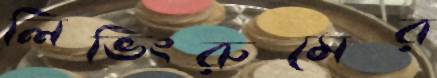
লিভিংরুমের